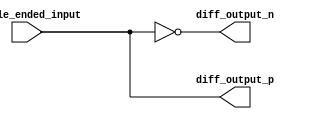
module diff_buffer (
    input wire single_ended_input,
    output wire diff_output_p,
    output wire diff_output_n
);

assign diff_output_p = single_ended_input;
assign diff_output_n = ~single_ended_input;

endmodule